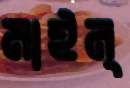
মাইন্‌